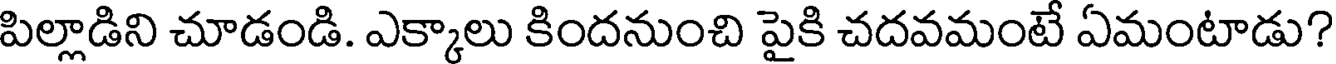
పిల్లాడిని చూడండి. ఎక్కాలు కిందనుంచి పైకి చదవమంటే ఏమంటాడు?